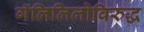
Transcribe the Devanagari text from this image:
गॅलिलिलोविरुद्ध